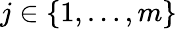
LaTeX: j\in\{ 1,\ldots,m\}